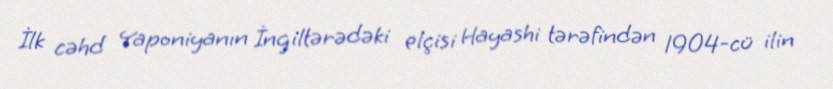
İlk cəhd Yaponiyanın İngiltərədəki elçisi Hayashi tərəfindən 1904-cü ilin